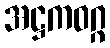
အဋ္ဌကဝဂ္ဂ